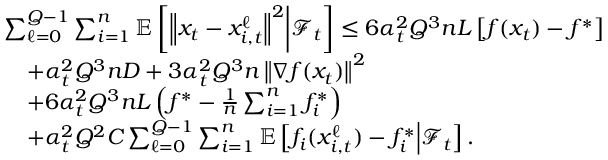
\begin{array} { r l } & { \sum _ { \ell = 0 } ^ { Q - 1 } \sum _ { i = 1 } ^ { n } \mathbb { E } \left[ \left\Vert x _ { t } - x _ { i , t } ^ { \ell } \right\Vert ^ { 2 } \middle | \mathcal { F } _ { t } \right] \leq 6 \alpha _ { t } ^ { 2 } Q ^ { 3 } n L \left[ f ( x _ { t } ) - f ^ { * } \right] } \\ & { \quad + \alpha _ { t } ^ { 2 } Q ^ { 3 } n D + 3 \alpha _ { t } ^ { 2 } Q ^ { 3 } n \left\Vert \nabla f ( x _ { t } ) \right\Vert ^ { 2 } } \\ & { \quad + 6 \alpha _ { t } ^ { 2 } Q ^ { 3 } n L \left( f ^ { * } - \frac { 1 } { n } \sum _ { i = 1 } ^ { n } f _ { i } ^ { * } \right) } \\ & { \quad + \alpha _ { t } ^ { 2 } Q ^ { 2 } C \sum _ { \ell = 0 } ^ { Q - 1 } \sum _ { i = 1 } ^ { n } \mathbb { E } \left[ f _ { i } ( x _ { i , t } ^ { \ell } ) - f _ { i } ^ { * } \middle | \mathcal { F } _ { t } \right] . } \end{array}